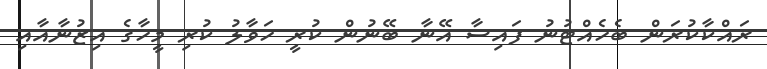
ރައްކާކުރަން ބެހެއްޓުނު ފައިސާ އޭނާ ބޭނުން ކުރީ ހަވާލު ކުރި މީހާގެ އިޒުނާއާއި